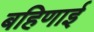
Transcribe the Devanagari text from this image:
बहिणाई